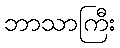
ဘာသာကြီး